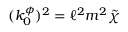
( k _ { 0 } ^ { \phi } ) ^ { 2 } = \ell ^ { 2 } m ^ { 2 } \tilde { \chi }